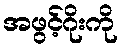
အဖွင့်ဂိုးကို